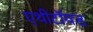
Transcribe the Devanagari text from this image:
एथीटॉयड